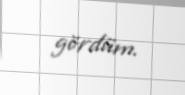
gördüm.